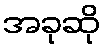
အခုဆို